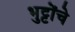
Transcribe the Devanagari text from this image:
भुट्टोंचे